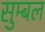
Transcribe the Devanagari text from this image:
सुम्बल